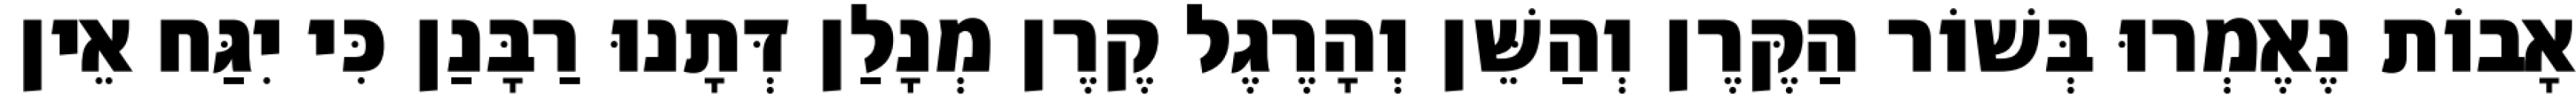
אָבוֹת נֶאֶמְרוּ בְּשׁוֹר הַקֶּרֶן וְהַשֵּׁן וְהָרֶגֶל קֶרֶן מְנָלַן דְּתָנוּ רַבָּנַן כִּי יִגַּח אֵין